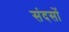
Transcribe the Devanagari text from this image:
संदसों